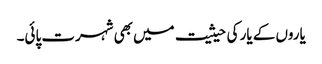
یاروں کے یار کی حیثیت میں بھی شہرت پائی۔